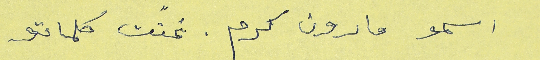
اسمو مارون كرم. غنت كلماتو